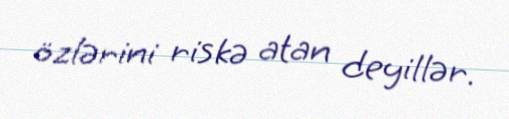
özlərini riskə atan deyillər.